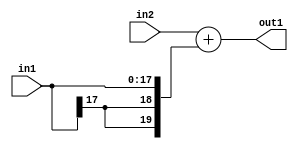
`timescale 1ps / 1ps
/*****************************************************************************
    Verilog RTL Description
    
    
    Created by: Stratus DpOpt 2019.1.01 
*******************************************************************************/

module SobelFilter_Add_20Sx18S_20S_1 (
	in2,
	in1,
	out1
	); /* architecture "behavioural" */ 
input [19:0] in2;
input [17:0] in1;
output [19:0] out1;
wire [19:0] asc001;

assign asc001 = 
	+(in2)
	+({{2{in1[17]}}, in1});

assign out1 = asc001;
endmodule

/* CADENCE  ubPzTwE= : u9/ySgnWtBlWxVPRXgAZ4Og= ** DO NOT EDIT THIS LINE ******/